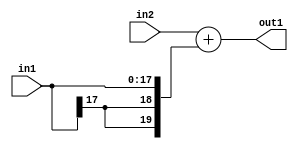
`timescale 1ps / 1ps
/*****************************************************************************
    Verilog RTL Description
    
    
    Created by: Stratus DpOpt 2019.1.01 
*******************************************************************************/

module SobelFilter_Add_20Sx18S_20S_1 (
	in2,
	in1,
	out1
	); /* architecture "behavioural" */ 
input [19:0] in2;
input [17:0] in1;
output [19:0] out1;
wire [19:0] asc001;

assign asc001 = 
	+(in2)
	+({{2{in1[17]}}, in1});

assign out1 = asc001;
endmodule

/* CADENCE  ubPzTwE= : u9/ySgnWtBlWxVPRXgAZ4Og= ** DO NOT EDIT THIS LINE ******/